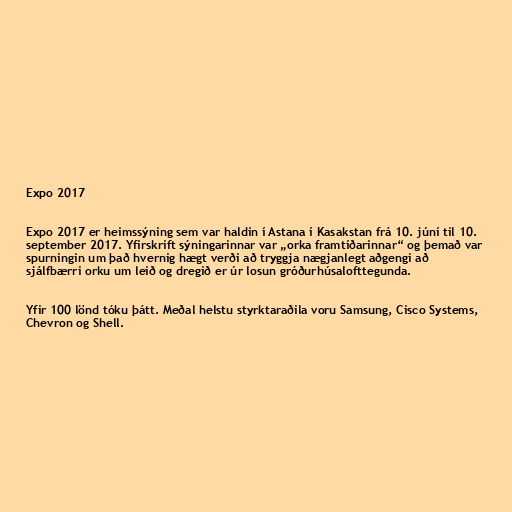
Expo 2017

Expo 2017 er heimssýning sem var haldin í Astana í Kasakstan frá 10. júní til 10.
september 2017. Yfirskrift sýningarinnar var „orka framtíðarinnar“ og þemað var
spurningin um það hvernig hægt verði að tryggja nægjanlegt aðgengi að
sjálfbærri orku um leið og dregið er úr losun gróðurhúsalofttegunda.

Yfir 100 lönd tóku þátt. Meðal helstu styrktaraðila voru Samsung, Cisco Systems,
Chevron og Shell.